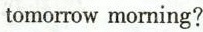
tomorrow morning?